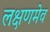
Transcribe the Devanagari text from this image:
लक्षणमेव